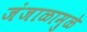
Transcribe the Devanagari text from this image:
जंजाळामुळे